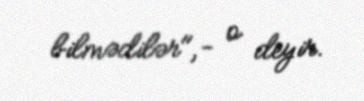
bilmədilər",- o deyir.